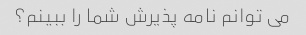
می توانم نامه پذیرش شما را ببینم؟